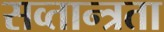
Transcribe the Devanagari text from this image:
सव्तान्त्रता